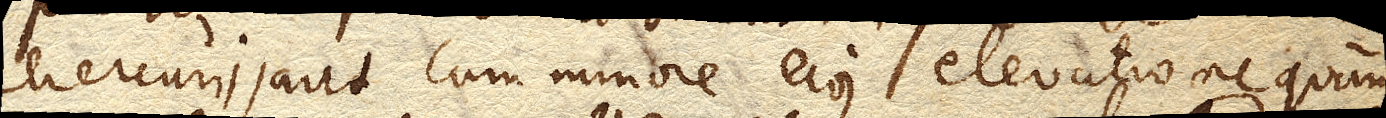
Mercurii, aut cum minore ejus elevatione quam